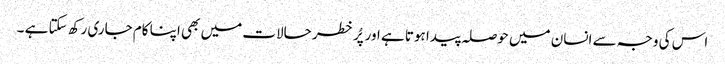
اس کی وجہ سے انسان میں حوصلہ پیدا ہوتا ہے اور پُر خطر حالات میں بھی اپنا کام جاری رکھ سکتا ہے ۔